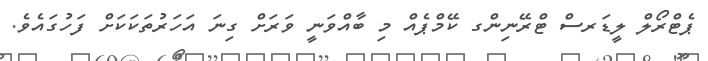
ޕެޓްރޯލް ލީޑަރސް ޓްރޭނިންގ ކޭމްޕެއް މި ބާއްވަނީ ވަރަށް ގިނަ އަހަރުތަކަކަށް ފަހުގައެވެ.